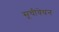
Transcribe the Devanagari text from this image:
सूचीवेधन